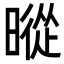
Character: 暰